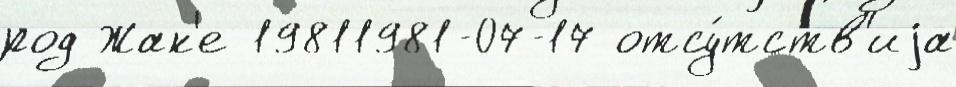
род Жак'е 19811981-07-17 отсу́тств'иjа